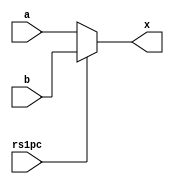
module mux2 (
    input [31:0] a,
    input [31:0] b,
    input rs1pc,
    output [31:0] x
);
    assign x = rs1pc ? b : a;
endmodule